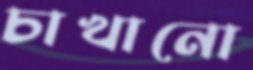
চাখানো